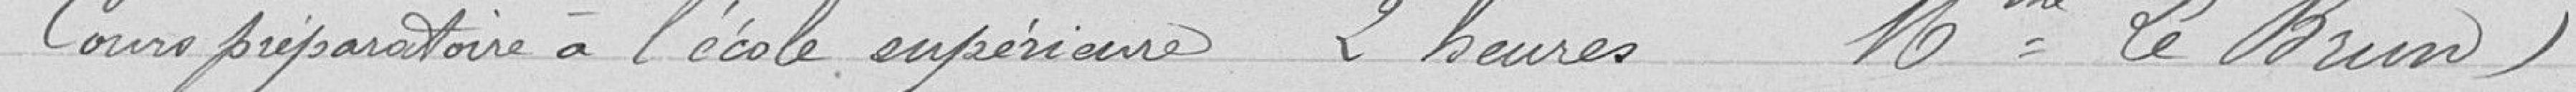
Cours préparatoire à l'école supérieure 2 heures ( Mme LeBrun)